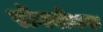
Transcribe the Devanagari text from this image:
रोगरोधक